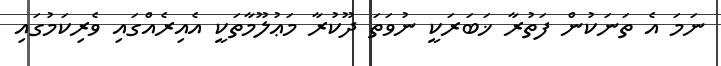
ނަމަ އެ ތަނަކުން ފަތުރާ ޚަބަރަކީ ނުވަތަ ދޫކުރާ މަޢުލޫމާތަކީ އެއިރެއްގައި ވެރިކަމުގައި